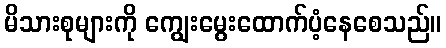
မိသားစုများကို ကျွေးမွေးထောက်ပံ့နေစေသည်။